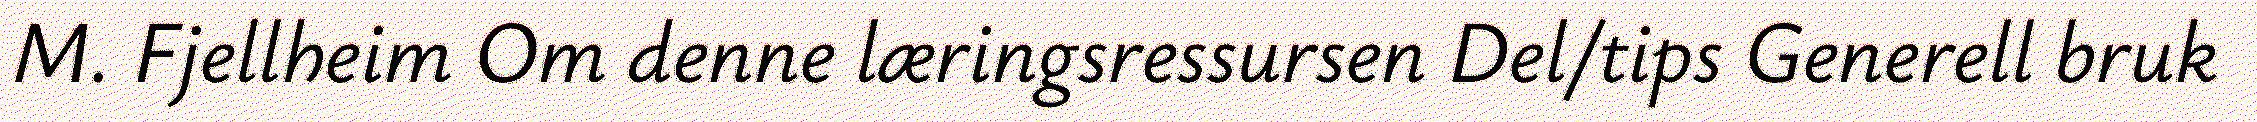
M. Fjellheim Om denne læringsressursen Del/tips Generell bruk